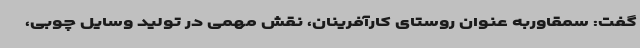
گفت: سمقاوربه عنوان روستای کارآفرینان، نقش مهمی در تولید وسایل چوبی،